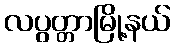
လပွတ္တာမြို့နယ်